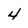
Character: 4